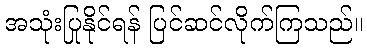
အသုံးပြုနိုင်ရန် ပြင်ဆင်လိုက်ကြသည်။